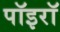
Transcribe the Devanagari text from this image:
पॉइरॉ